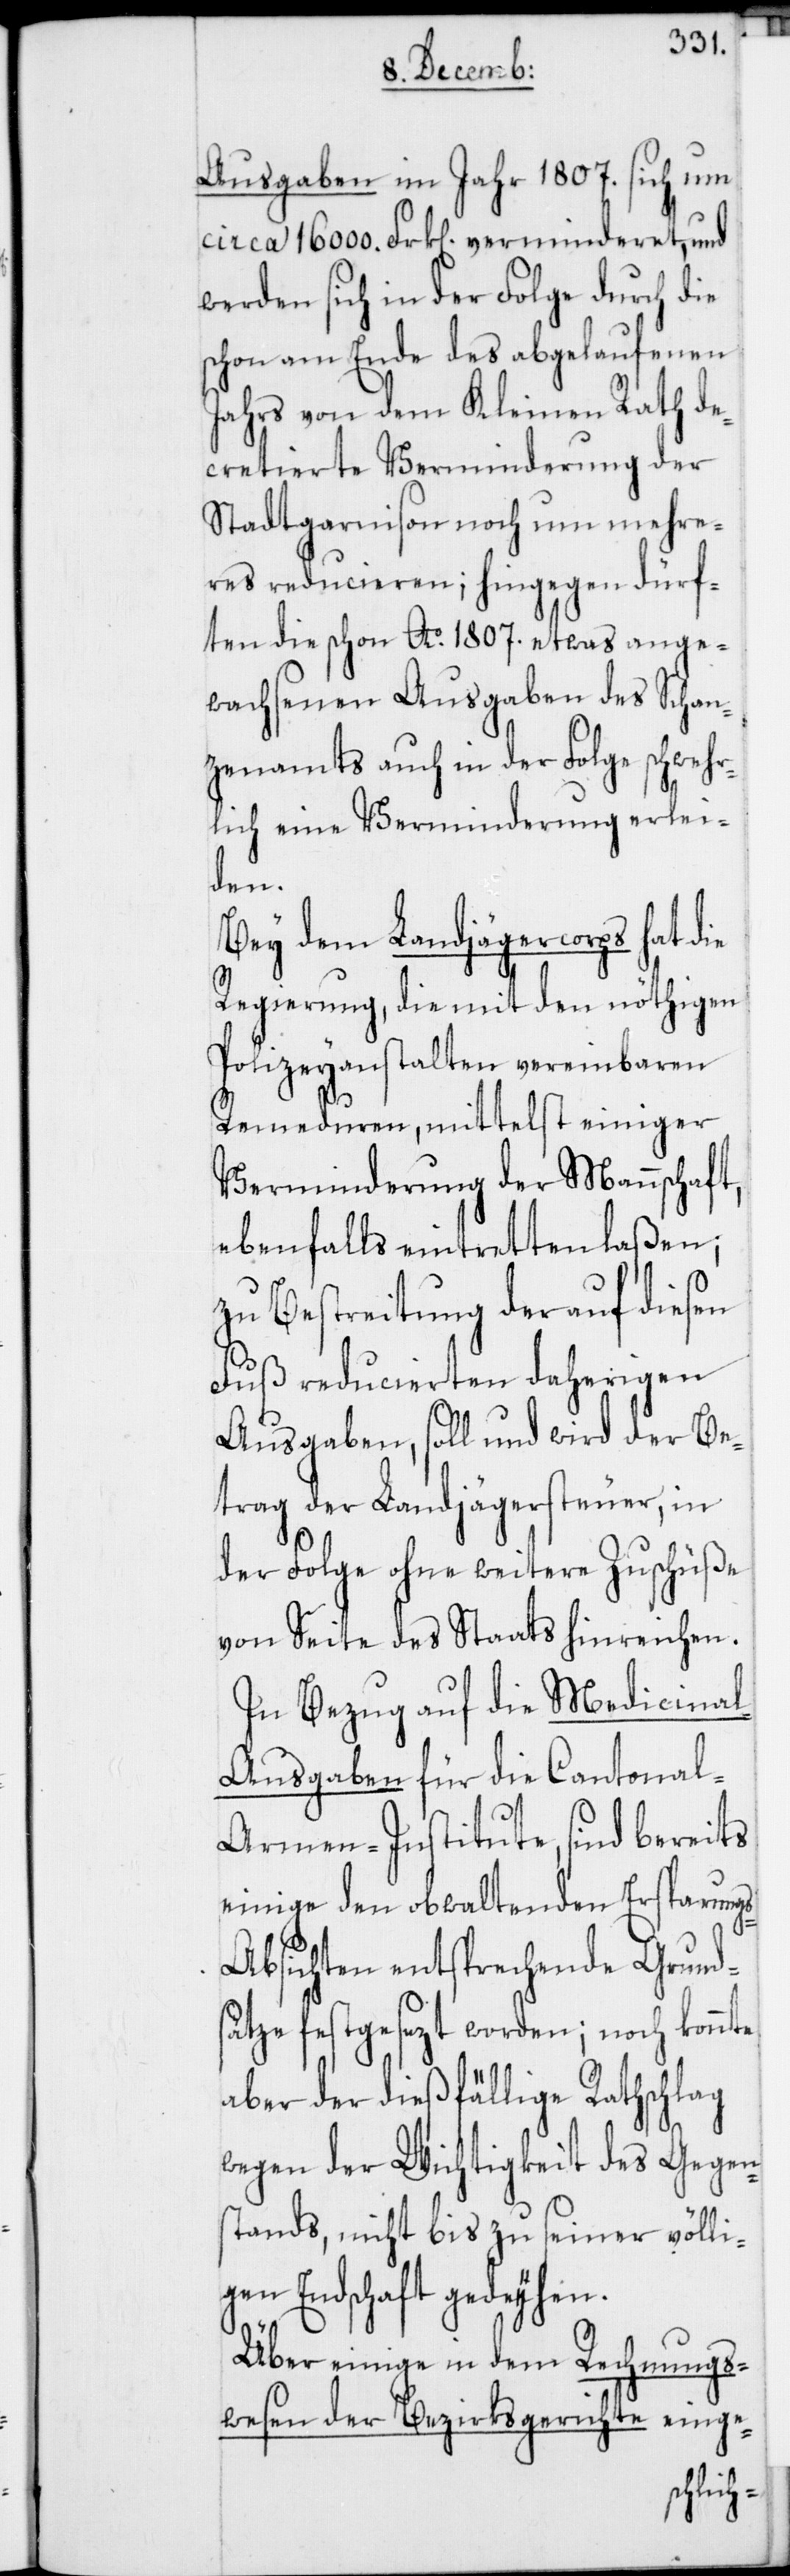
Ausgaben im Jahr 1807. sich um
circa 16 000. Frk[en]. verminderet, und
werden sich in der Folge durch die
schon am Ende des abgelaufenen
Jahrs von dem Kleinen Rath de¬
cretierte Verminderung der
Stadtgarnison noch um mehre¬
res reducieren; hingegen dürf¬
ten die schon Ao. 1807. etwas ange¬
wachsenen Ausgaben des Schan¬
zenamts auch in der Folge schwer¬
lich eine Verminderung erlei¬
den.
Bey dem Landjägercorps hat die
Regierung, die mit den nöthigen
Polizeyanstalten vereinbar[t]en
Remeduren, mittelst einiger
Verminderung der Mannschaft,
ebenfalls eintretten laßen;
zu Bestreitung der auf diesen
Fuß reducierten daherigen
Ausgaben, soll und wird der Be¬
trag der Landjägersteuer, in
der Folge ohne weitere Zuschüße
von Seite des Staats hinreichen.
In Bezug auf die Medicina¬
l-Ausgaben für die Cantona¬
l-Armen-Institute, sind bereits
einige der obwaltenden Ersparung¬
s-Absichten entsprechende Grunds¬
ätze festgesezt worden; noch konnte
aber der dießfällige Rathschlag
wegen der Wichtigkeit des Gegen¬
stands, nicht bis zu seiner völli¬
gen Endschaft gedeyhen.
Über einige in dem Rechnungs¬
wesen der Bezirksgerichte einge-